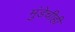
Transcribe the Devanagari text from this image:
मुंडेचीही